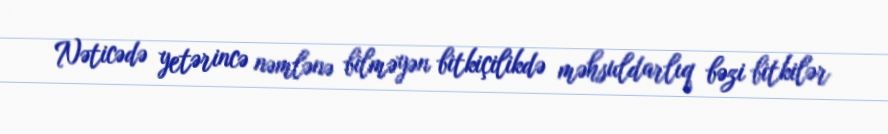
Nəticədə yetərincə nəmlənə bilməyən bitkiçilikdə məhsuldarlıq bəzi bitkilər